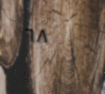
٦٨